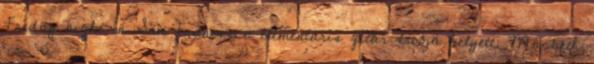
Friday night in San Francisco elementáris gitár-triója helyett. Macbeth